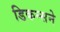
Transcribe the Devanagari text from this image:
डिकन्सने